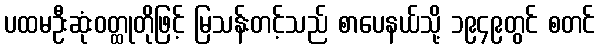
ပထမဦးဆုံးဝတ္ထုတိုဖြင့် မြသန်းတင့်သည် စာပေနယ်သို့ ၁၉၄၉တွင် စတင်